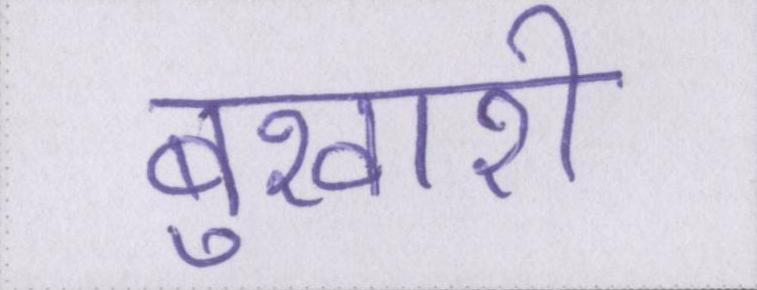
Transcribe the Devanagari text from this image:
बुखारी